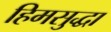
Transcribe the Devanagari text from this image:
हिमसुद्धा